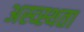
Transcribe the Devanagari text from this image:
अस्व्स्थता